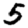
Digit: 5